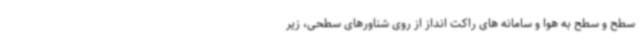
سطح و سطح به هوا و سامانه های راکت انداز از روی شناورهای سطحی، زیر